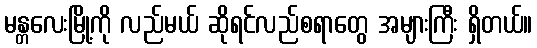
မန္တလေးမြို့ကို လည်မယ် ဆိုရင်လည်စရာတွေ အများကြီး ရှိတယ်။